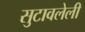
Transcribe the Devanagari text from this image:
सुटावलेली